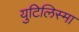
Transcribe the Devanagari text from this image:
युटिलिस्मा